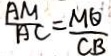
\frac { A M } { A C } = \frac { M Q } { C B }